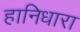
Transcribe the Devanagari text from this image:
हानिधारा